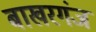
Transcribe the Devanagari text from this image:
बाखरगंज